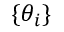
\{ \theta _ { i } \}